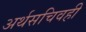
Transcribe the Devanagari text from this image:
अर्थसचिवही